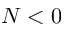
N < 0